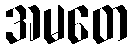
အမတေ